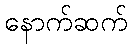
နောက်ဆက်